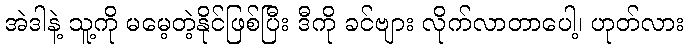
အဲဒါနဲ့ သူ့ကို မမေ့တဲ့နိုင်ဖြစ်ပြီး ဒီကို ခင်ဗျား လိုက်လာတာပေါ့၊ ဟုတ်လား